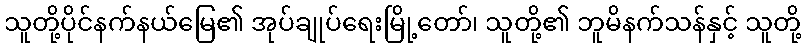
သူတို့ပိုင်နက်နယ်မြေ၏ အုပ်ချုပ်ရေးမြို့တော်၊ သူတို့၏ ဘူမိနက်သန်နှင့် သူတို့